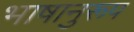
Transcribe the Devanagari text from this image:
भाषानुरूप